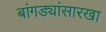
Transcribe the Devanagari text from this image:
बांगड्यांसारखा